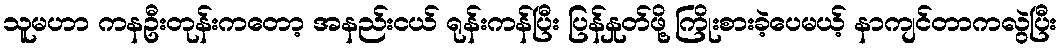
သူမဟာ ကနဦးတုန်းကတော့ အနည်းငယ် ရုန်းကန်ပြီး ပြန်နှုတ်ဖို့ ကြိုးစားခဲ့ပေမယ့် နာကျင်တာကလွဲပြီး